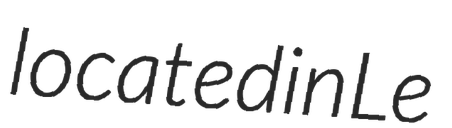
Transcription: located in Le